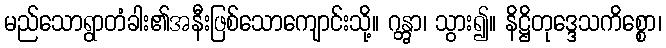
မည်သောရွာတံခါး၏အနီးဖြစ်သောကျောင်းသို့။ ဂန္တွာ၊ သွား၍။ နိဋ္ဌိတုဒ္ဒေသကိစ္စော၊